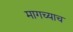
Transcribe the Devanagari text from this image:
मागच्याच